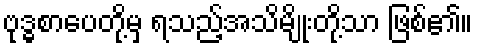
ဗုဒ္ဓစာပေတို့မှ ရသည့်အသိမျိုးတို့သာ ဖြစ်၏။